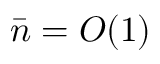
\bar { n } = O ( 1 )